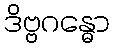
ဒိဗ္ဗဂန္ဓော